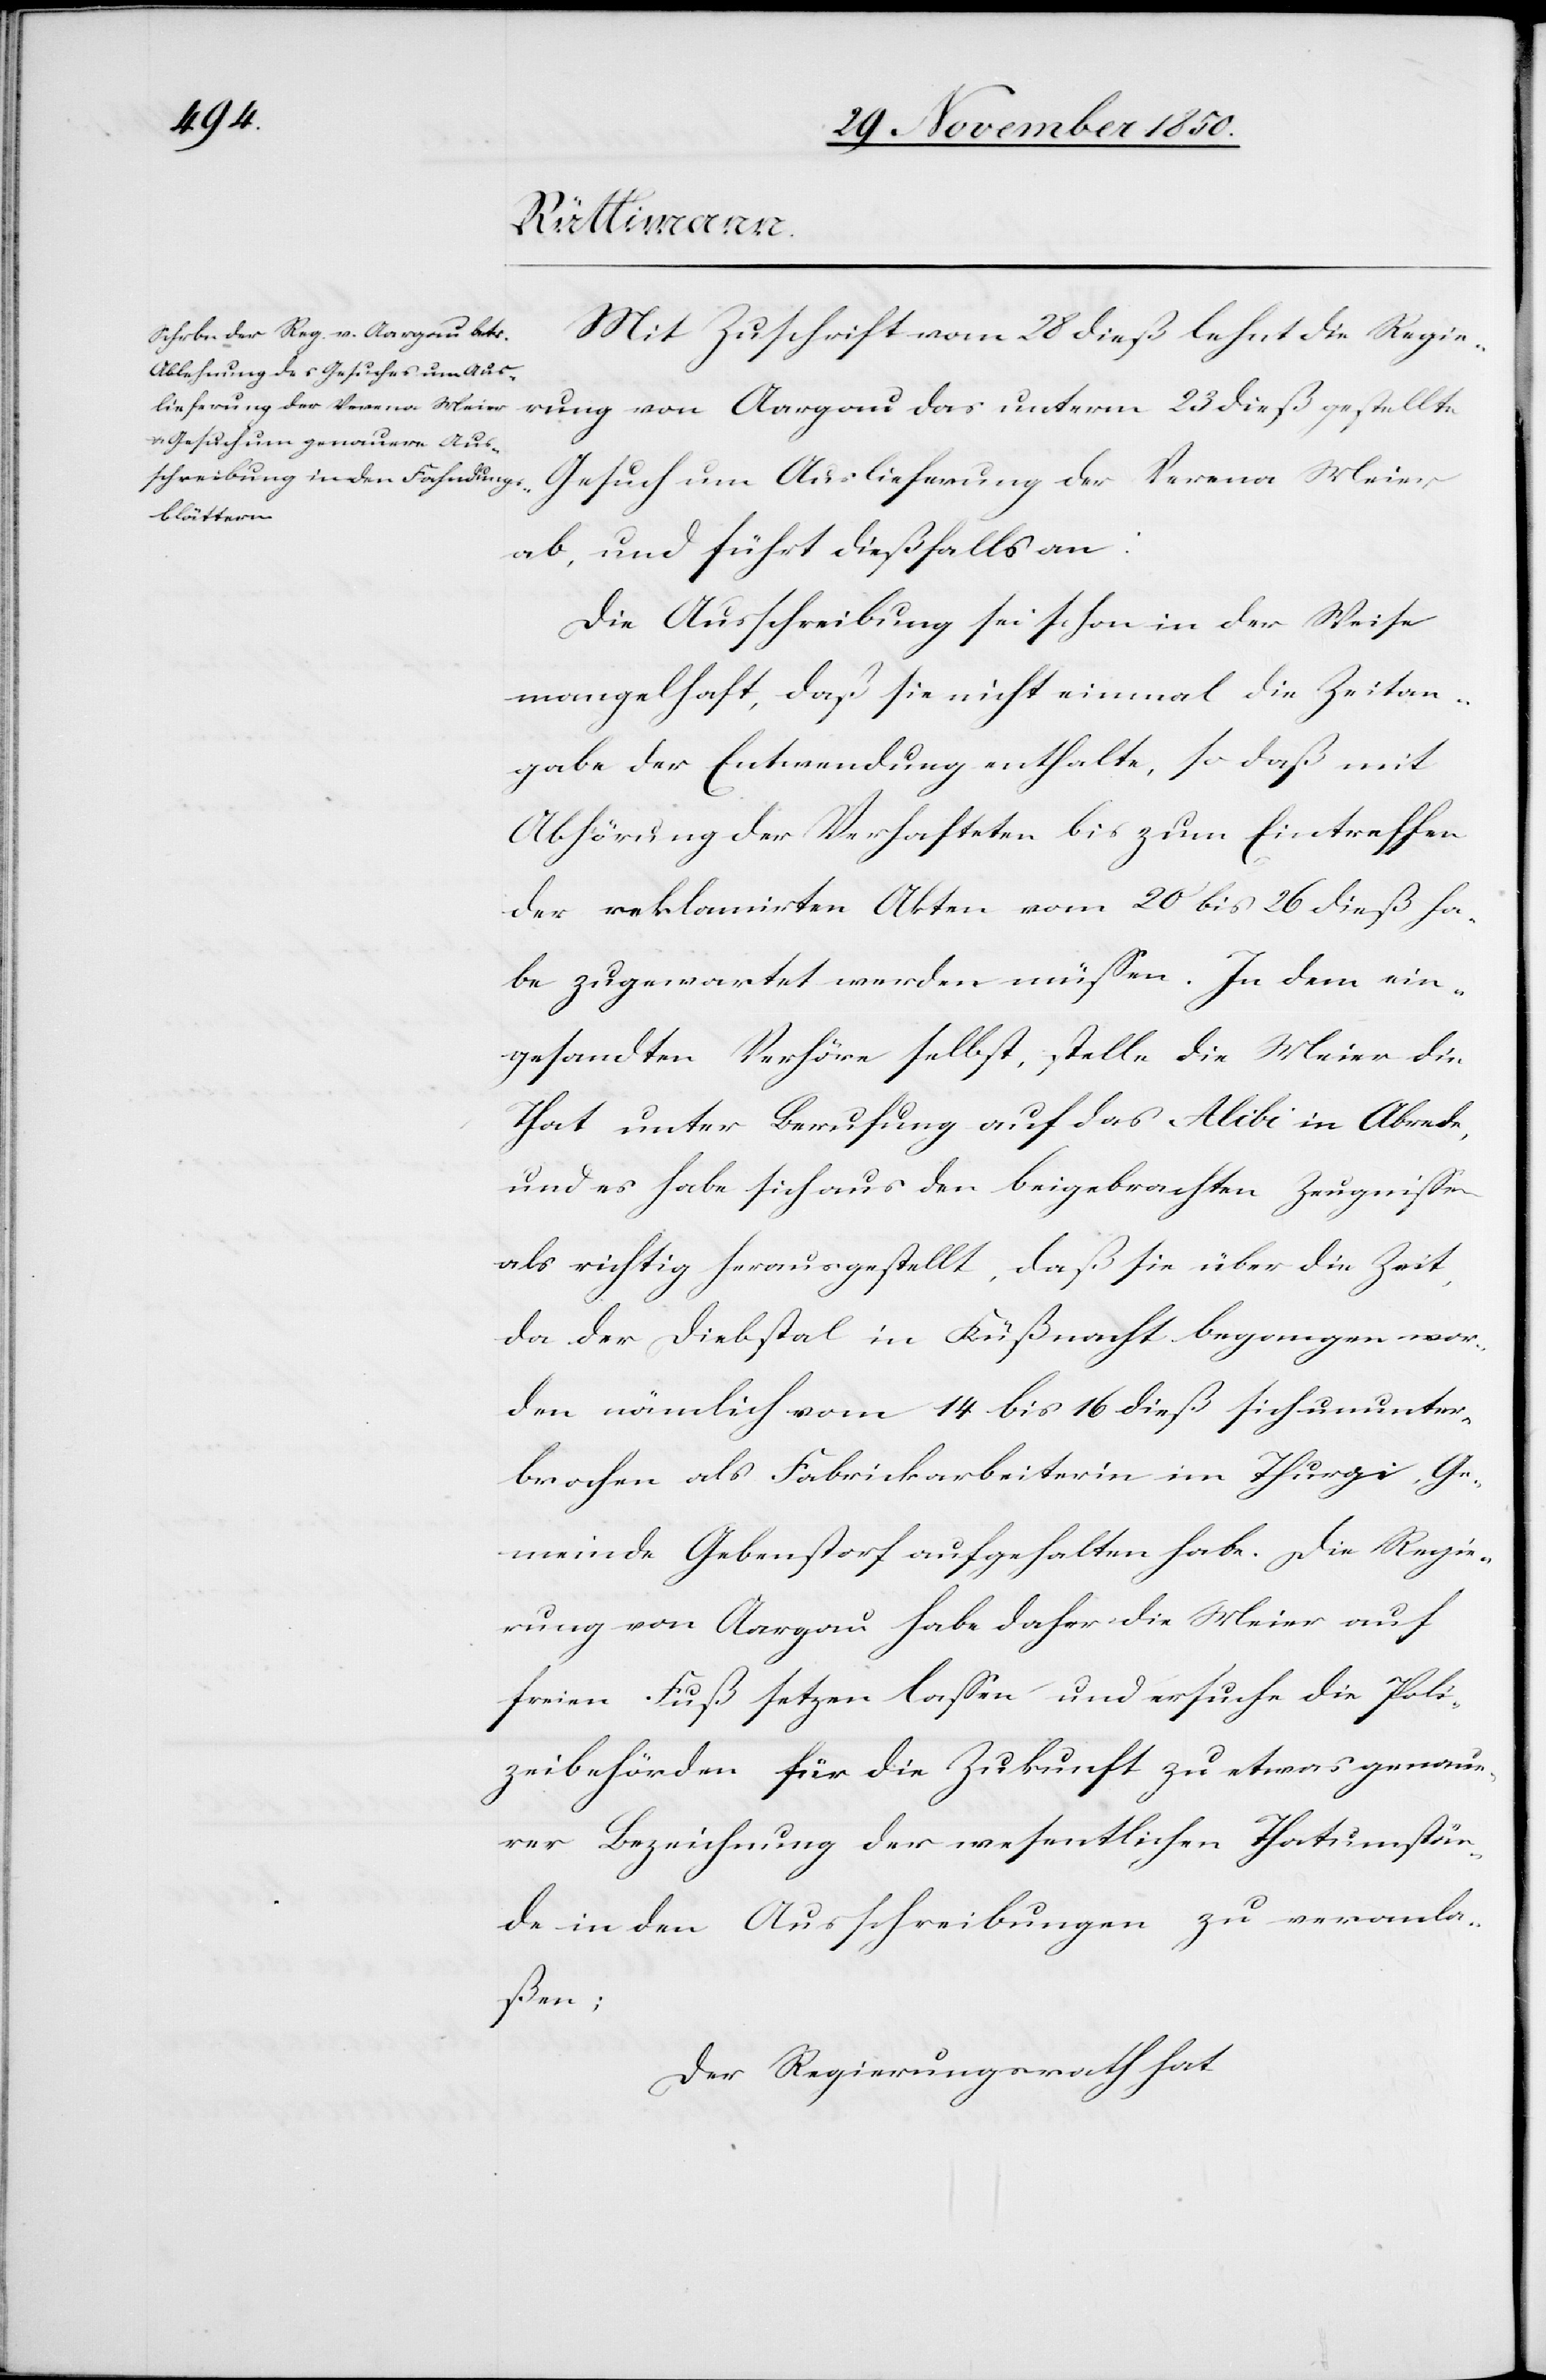
Mit Zuschrift vom 28 dieß lehnt die Regie¬
rung von Aargau das unterm 23 dieß gestellte
Gesuch um Auslieferung der Verena Meier
ab, und führt dießfalls an:
Die Ausschreibung sei schon in der Weise
mangelhaft, daß sie nicht einmal die Zeitan¬
gabe der Entwendung enthalte, so daß mit
Abhörung der Verhafteten bis zum Eintreffen
der reklamirten Akten vom 20 bis 26 dieß ha¬
be zugewartet werden müssen. In dem ein¬
gesandten Verhöre selbst, stelle die Meier die
That unter Berufung auf das Alibi in Abrede,
und es habe sich aus den beigebrachten Zeugnissen
als richtig herausgestellt, daß sie über die Zeit,
da der Diebstal in Küßnacht begangen wor¬
den nämlich vom 14 bis 16 dieß sich ununter¬
brochen als Fabrickarbeiterin im Thurgi, Ge¬
meinde Gebenstorf aufgehalten habe. Die Regie¬
rung von Aargau habe daher die Meier auf
freien Fuß setzen lassen und ersuche die Poli¬
zeibehörden für die Zukunft zu etwas genaue¬
rer Bezeichnung der wesentlichen Thatumstän¬
de in den Ausschreibungen zu veranla¬
ßen;
Der Regierungsrath hat